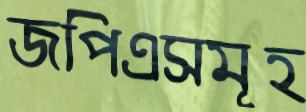
জপিএসমূহ